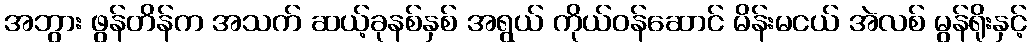
အဘွား ဖွန်တိန်က အသက် ဆယ့်ခုနစ်နှစ် အရွယ် ကိုယ်ဝန်ဆောင် မိန်းမငယ် အဲလစ် မွန်ရိုးနှင့်